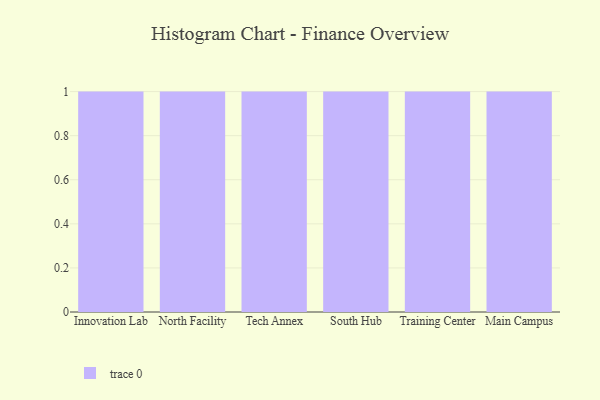
{"axis": {"x": "Campus", "y": "Population (Million)"}, "legend": [""], "data": [{"x": "Innovation Lab", "y": 30, "type": ""}, {"x": "North Facility", "y": 48, "type": ""}, {"x": "Tech Annex", "y": 100, "type": ""}, {"x": "South Hub", "y": 37, "type": ""}, {"x": "Training Center", "y": 10, "type": ""}, {"x": "Main Campus", "y": 31, "type": ""}]}